system: You are a helpful assistant.
user:
Analyze the provided spectrum to determine if it is a **"Cataclysmic Variables (CV)"**.

- **Key Indicators for CV (Check for either state):**
    - **State 1: Quiescent / Low-State (Emission-Dominated)**
        - **(Primary):** Strong and *very broad* Hydrogen Balmer emission lines (e.g., $H\alpha$ at 6563 Å, $H\beta$ at 4861 Å). The 'broadness' (high velocity dispersion, often FWHM > 1000 km/s) is the key diagnostic, indicating a high-velocity accretion disk.
        - **(Secondary):** Broad neutral Helium (He I) emission lines (e.g., 5876 Å, 6678 Å).
        - **(Key Confirmation):** Presence of high-excitation *ionized* Helium (He II) emission at 4686 Å. This is a strong indicator of accretion onto a white dwarf.
        - **(Line Profile):** Emission lines may exhibit a 'double-peaked' profile, which is a classic signature of a rotating accretion disk viewed at high inclination.

    - **State 2: Outburst / High-State (Absorption-Dominated)**
        - **(Primary):** Spectrum is dominated by a bright, blue continuum (looks like a hot star).
        - **(Secondary):** The emission lines from State 1 are weak, absent, or 'filled in', and are replaced by broad, shallow *absorption* lines (primarily Balmer and He I).
        - **(Morphology):** The overall spectrum mimics a hot B/A-type star. The crucial difference is that the absorption lines are significantly broader, shallower, and more 'washed-out' (or 'smeared') than the sharp lines of a normal stellar photosphere, due to high rotational speeds and pressure broadening in the disk.

Think first, call **spectral_visualization_tool** if needed to examine features in detail, then provide your final answer. Your response must adhere to the following strict rules:
1.  **Overall Structure:** Your response must follow the format `<think>...</think> <tool_call>...</tool_call> (if a tool is used) <answer>...</answer>`.
2.  **Tool Usage Constraint:** You may only make **one** tool call per turn.
3.  **Final Answer Format:** In the `<answer>` tag, your conclusion must be inside a `\boxed{}` command (e.g., `\boxed{YES}`), followed by your justification.

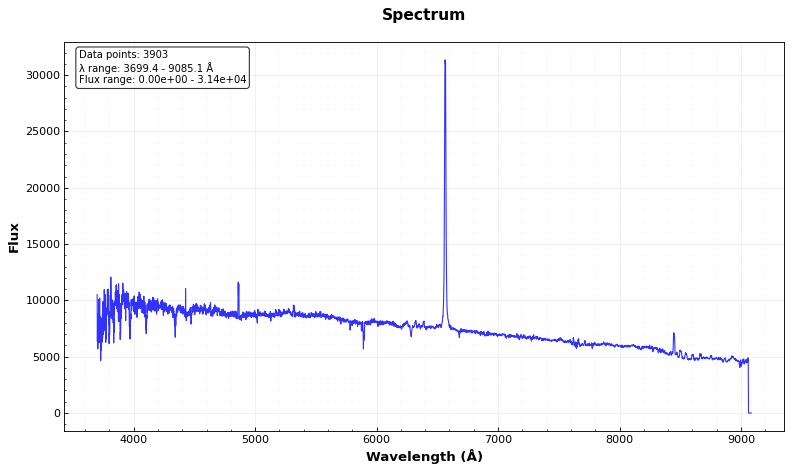
Answer: NO